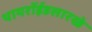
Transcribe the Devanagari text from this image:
थायरॉईडसारखे